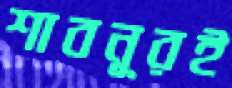
শাবনূরই